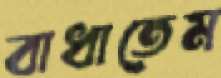
বাধাতেম